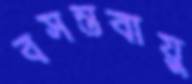
বসন্তবায়ু